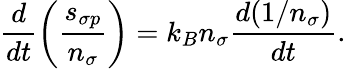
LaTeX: \frac{d}{dt}\left(\frac{s_{\sigma p}}{n_{\sigma}}\right)=k_{B}n_{\sigma}\frac{d(1/n_{\sigma})}{dt}.